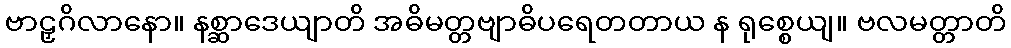
ဗာဠှဂိလာနော။ နစ္ဆာဒေယျာတိ အဓိမတ္တဗျာဓိပရေတတာယ န ရုစ္စေယျ။ ဗလမတ္တာတိ